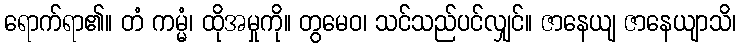
ရောက်ရာ၏။ တံ ကမ္မံ၊ ထိုအမှုကို။ တွမေဝ၊ သင်သည်ပင်လျှင်။ ဇာနေယျ ဇာနေယျာသိ၊